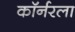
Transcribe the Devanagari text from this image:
काॅर्नरला